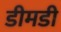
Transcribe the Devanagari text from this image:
डीमडी